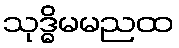
သုဒ္ဓိမမညထ